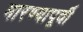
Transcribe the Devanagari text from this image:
मारण्यापूर्वी